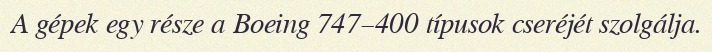
A gépek egy része a Boeing 747–400 típusok cseréjét szolgálja.